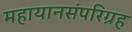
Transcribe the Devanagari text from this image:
महायानसंपरिग्रह